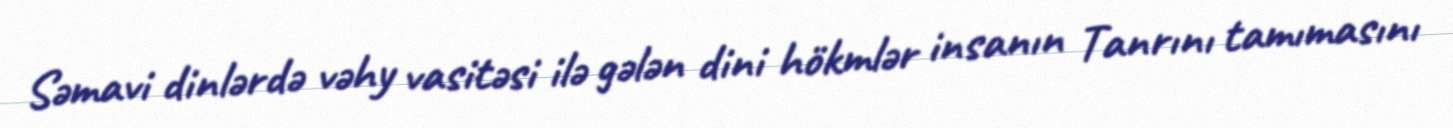
Səmavi dinlərdə vəhy vasitəsi ilə gələn dini hökmlər insanın Tanrını tamımasını